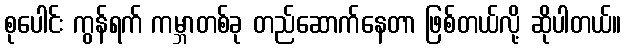
စုပေါင်း ကွန်ရက် ကမ္ဘာတစ်ခု တည်ဆောက်နေတာ ဖြစ်တယ်လို့ ဆိုပါတယ်။